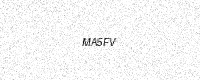
Text: MA5FV